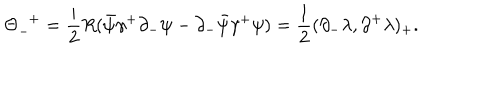
{ \Theta } _ { - } ^ { \; \; + } = \frac { i } { 2 } R ( \bar { \psi } { \gamma } ^ { + } { \partial } _ { - } { \psi } - { \partial } _ { - } \bar { \psi } { \gamma } ^ { + } { \psi } ) = \frac { 1 } { 2 } ( { \partial } _ { - } { \lambda } , { \partial } ^ { + } { \lambda } ) _ { + } .